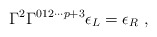
\begin{align*}\Gamma ^{2}\Gamma ^{012\cdots p+3}\epsilon _{L}=\epsilon _{R}\ ,\end{align*}